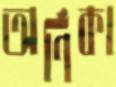
অর্ণিকা